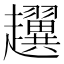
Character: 𧾰